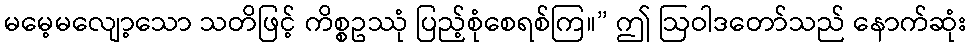
မမေ့မလျော့သော သတိဖြင့် ကိစ္စဥဿုံ ပြည့်စုံစေရစ်ကြ။” ဤ ဩဝါဒတော်သည် နောက်ဆုံး